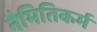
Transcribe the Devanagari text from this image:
नैमितिकर्म